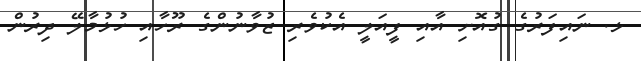
ޅ. ނައިފަރުގެ ގުއޮށި އާއި ފީއަލީ އެކުވެރި ޒުވާނުންގެ ރޫހާއި ހުޅުމާލޭ ދިރުން